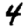
Digit: 4